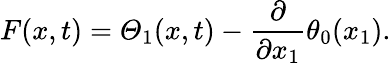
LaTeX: F(x,t)=\varTheta_{1}(x,t)-\frac{\partial}{\partial x_{1}}\theta_{0}(x_{1}).